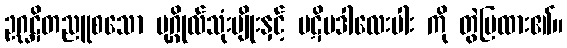
ဥဂ္ဃဋိတညူစသော ပုဂ္ဂိုလ်သုံးမျိုးနှင့် ပဋိပဒါလေးပါး ကို တွဲပြထား၏။